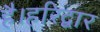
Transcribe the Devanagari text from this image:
है।हरिद्वार